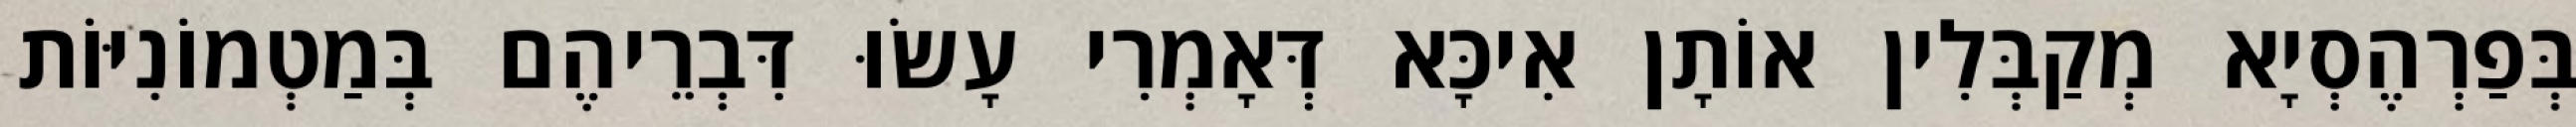
בְּפַרְהֶסְיָא מְקַבְּלִין אוֹתָן אִיכָּא דְּאָמְרִי עָשׂוּ דִּבְרֵיהֶם בְּמַטְמוֹנִיּוֹת